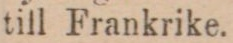
till Frankrike.